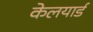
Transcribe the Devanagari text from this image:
केलयार्ड